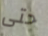
حتى